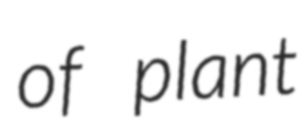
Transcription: of plant